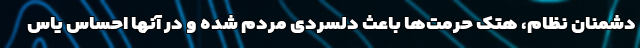
دشمنان نظام، هتک حرمت‌ها باعث دلسردی مردم شده و در آنها احساس یاس